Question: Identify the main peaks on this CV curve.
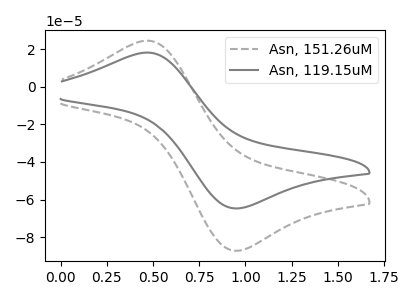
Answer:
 <answer>The gray dashed curve "Asn, 151.26uM" has an anodic peak at (0.45V, 24.50uA) and a cathodic peak at (0.95V, -87.20uA). The gray curve "Asn, 119.15uM" has an anodic peak at (0.45V, 18.20uA) and a cathodic peak at (0.95V, -64.70uA).</answer>
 <eval></eval>